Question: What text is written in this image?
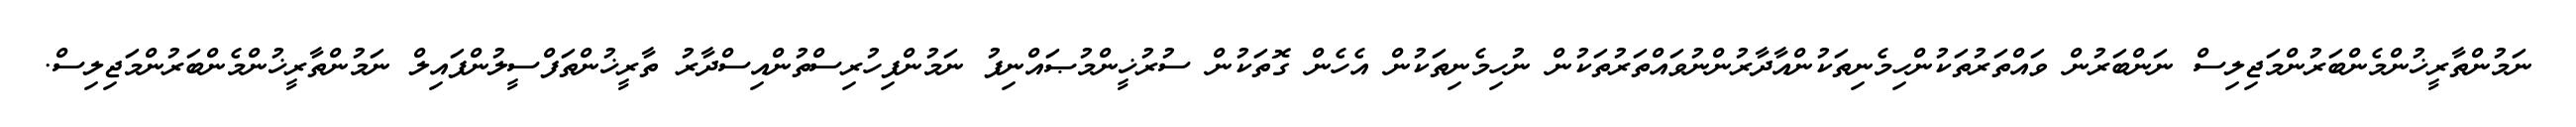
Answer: ނަމުންތާރީޚުންމެންބަރުންމަޖިލިސް ނަންބަރުން ވައްތަރުތަކުންހިމެނިތަކުންއާދާރުންނުވައްތަރުތަކުން ނުހިމެނިތަކުން އެހެން ގޮތަކުން ސުރުޚީންމުޞައްނިފު ނަމުންފިހުރިސްތުންއިސްދާރު ތާރީޚުންތަފްސީލުންފައިލް ނަމުންތާރީޚުންމެންބަރުންމަޖިލިސް.